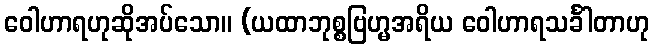
ဝေါဟာရဟုဆိုအပ်သော။ (ယထာဘုစ္စဗြဟ္မအရိယ ဝေါဟာရသင်္ခါတာဟု